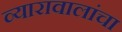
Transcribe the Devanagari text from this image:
व्यारावालांचा